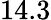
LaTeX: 14.3